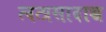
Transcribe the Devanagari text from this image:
त्वत्प्रसादाच्च